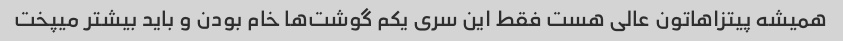
همیشه پیتزاهاتون عالی هست فقط این سری یکم گوشت‌ها خام بودن و باید بیشتر میپخت